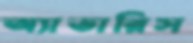
অ্যাভারিস